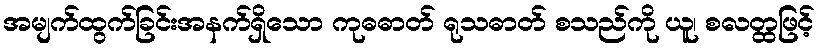
အမျက်ထွက်ခြင်းအနက်ရှိသော ကုဓဓာတ် ရုသဓာတ် စသည်ကို ယူ၊ စလတ္ထဖြင့်